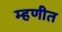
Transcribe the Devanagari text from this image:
म्हणीत